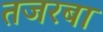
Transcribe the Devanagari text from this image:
तजरबा